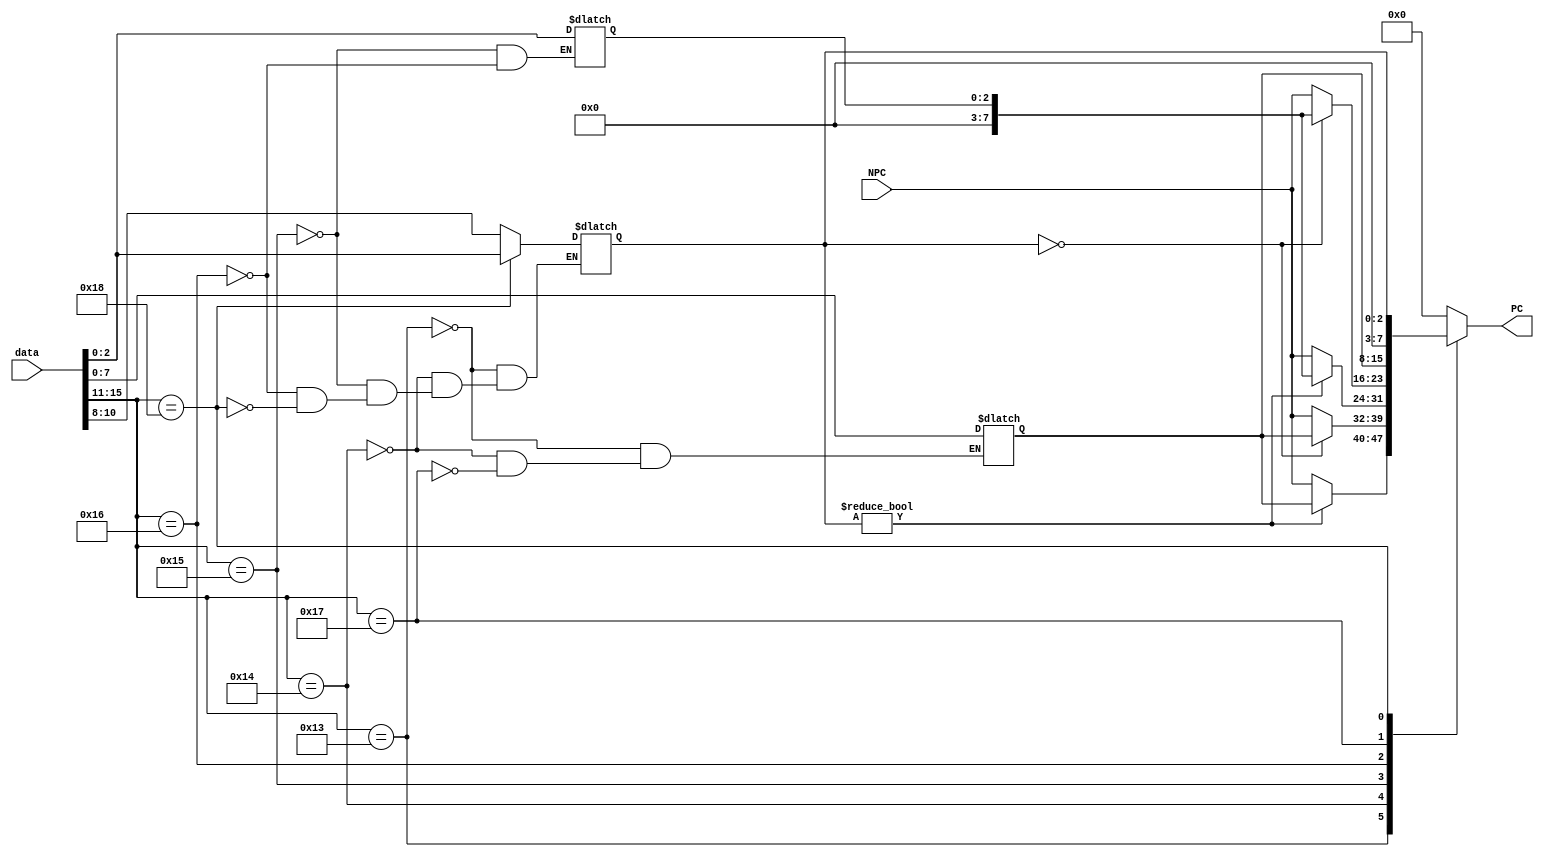
/*
 * Project: Harvard Architecture Processor
 * Module: Branch Instruction
 * Format: 
 OOOO - O111 - MMMM - MMMM
 OOOO - O111 - MMMM - MMMM
 OOOO - O111 - xxxx - x222
 OOOO - O111 - xxxx - x222
 OOOO - Oxxx - MMMM - MMMM
 OOOO - Oxxx - xxxx - x111
 * Legend: 
 * OOOOO = 5-bit Opcode
 * 111 = register 1 (R1)
 * 222 = register 2 (R2)
 * MMMM - MMMM = 8-bit Memory Address
 * x - Don't care
 * Script:
iverilog -o brn branch.v branch-tb.v
vvp brn
gtkwave branch.vpd
 */
module branch (data, NPC, PC);
	input [15:0] data;
	input [7:0] NPC;
	output [7:0] PC;
	parameter Yes  = 3'b1;
	parameter No   = 3'b0;
	parameter BNE  = 5'b10011;
	parameter BE   = 5'b10100;
	parameter BNER = 5'b10101;
	parameter BER  = 5'b10110;
	parameter J    = 5'b10111;
	parameter JR   = 5'b11000;
	reg [7:0] M;
	reg [4:0] opcode;
	reg [2:0] R1, R2;
	reg [7:0] PC;
	always @ (data) 
		opcode <= data[15:11];
	always @ (data or opcode) 
		case(opcode)
			BNE: begin R1 <= data[10:8]; M <= data[7:0]; end
			BE: begin R1 <= data[10:8]; M <= data[7:0]; end
			BNER: begin	R1 <= data[10:8]; R2 <= data[2:0]; end
			BER: begin	R1 <= data[10:8]; R2 <= data[2:0]; end
			J: begin M <= data[7:0]; end
			JR: begin R1 <= data[2:0]; end
		endcase
	always @ (opcode or R1 or R2 or M) 
		case(opcode)
			BNE: PC <= (R1 != No) ? M : NPC;
			BE: PC <= (R1 == No) ?  M : NPC;
			BNER: PC <= (R1 != No) ? R2 : NPC;
			BER: PC <= (R1 == No) ? R2 : NPC;
			J: PC <= M;
			JR: PC <= R1;
			default: PC <= No;
		endcase
endmodule